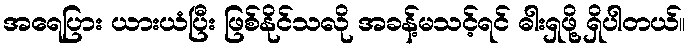
အရေပြား ယားယံပြီး ဖြစ်နိုင်သလို အခန့်မသင့်ရင် ဓါးရှဖို့ ရှိပါတယ်။